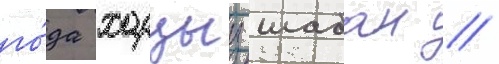
го́да харцыз шабан /